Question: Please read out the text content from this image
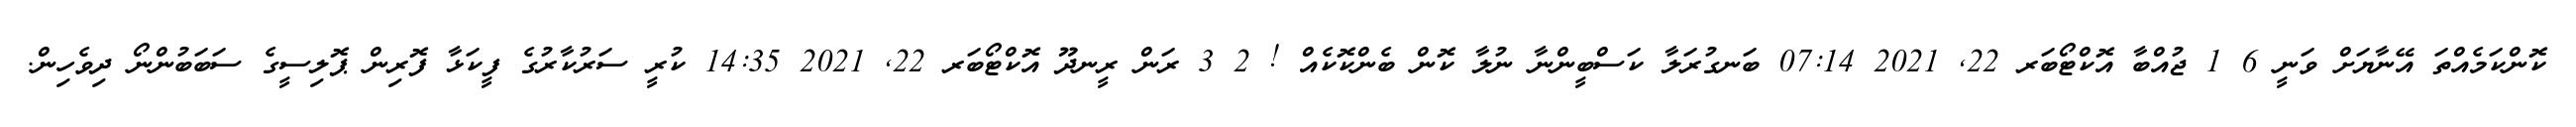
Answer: ކޮންކަމެއްތަ އޭނާޔަށް ވަނީ 6 1 ޖުއްބާ އޮކްޓޯބަރ 22, 2021 07:14 ބަނގުރަލާ ކަސްބީންނާ ނުލާ ކޮން ބެންކޮކެއް ! 2 3 ރަން ރީނދޫ އޮކްޓޯބަރ 22, 2021 14:35 ކުރީ ސަރުކާރުގެ ފީކަޅާ ފޮރިން ޕޮލިސީގެ ސަބަބުންނޯ ދިވެހިން.